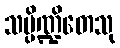
သမ္ပိဏ္ဍိတေသု